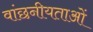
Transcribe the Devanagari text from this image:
वांछनीयताओं